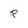
Character: R